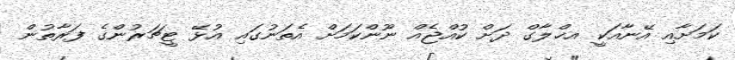
ކަމަށާއި އޭނާއަކީ އޚްލާގް ދަށް ކުއްޖެއް ނޫންކަމަށް އެތަނުގައި އުޅޭ ޓީޗަރުންގެ ފަރާތުން